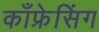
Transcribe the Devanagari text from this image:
काँफ्रेसिंग